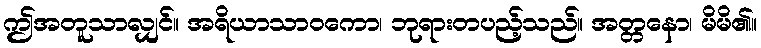
ဤအတူသာလျှင်။ အရိယာသာဝကော၊ ဘုရားတပည့်သည်။ အတ္တနော၊ မိမိ၏။